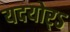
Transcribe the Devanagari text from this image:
यदयोर्ऽ